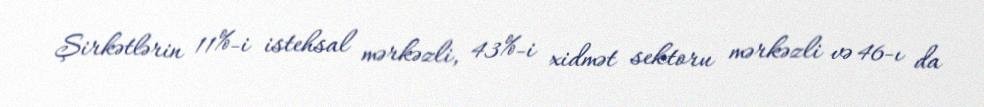
Şirkətlərin 11%-i istehsal mərkəzli, 43%-i xidmət sektoru mərkəzli və 46-ı da